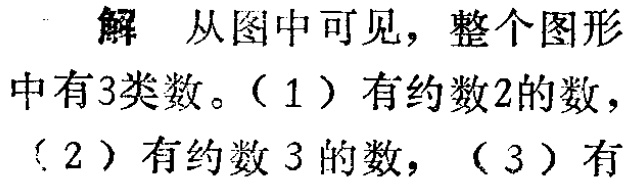
解 从图中可见，整个图形中有3类数。（1）有约数2的数，（2）有约数 3 的数，（3）有